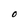
Character: O